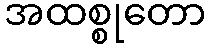
အထစ္စုတော